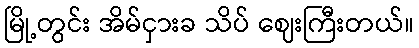
မြို့တွင်း အိမ်ငှားခ သိပ် ဈေးကြီးတယ်။